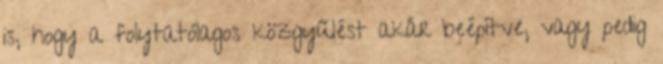
is, hogy a folytatólagos közgyűlést akár beépítve, vagy pedig